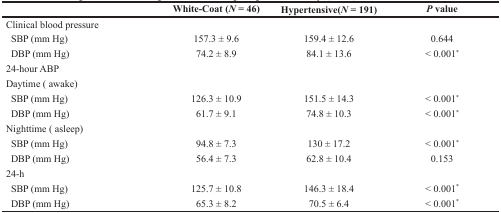
<table><thead><tr><td></td><td><b>White-Coat (<i>N</i> = 46)</b></td><td><b>Hypertensive(<i>N</i>= 191)</b></td><td><b><i>P</i> value</b></td></tr></thead><tbody><tr><td>Clinical blood pressure</td><td></td><td></td><td></td></tr><tr><td> SBP (mm Hg)</td><td>157.3 ± 9.6</td><td>159.4 ± 12.6</td><td>0.644</td></tr><tr><td> DBP (mm Hg)</td><td>74.2 ± 8.9</td><td>84.1 ± 13.6</td><td>&lt; 0.001<sup>*</sup></td></tr><tr><td>24-hour ABP</td><td></td><td></td><td></td></tr><tr><td>Daytime ( awake)</td><td></td><td></td><td></td></tr><tr><td> SBP (mm Hg)</td><td>126.3 ± 10.9</td><td>151.5 ± 14.3</td><td>&lt; 0.001<sup>*</sup></td></tr><tr><td> DBP (mm Hg)</td><td>61.7 ± 9.1</td><td>74.8 ± 10.3</td><td>&lt; 0.001<sup>*</sup></td></tr><tr><td>Nighttime ( asleep)</td><td></td><td></td><td></td></tr><tr><td> SBP (mm Hg)</td><td>94.8 ± 7.3</td><td>130 ± 17.2</td><td>&lt; 0.001<sup>*</sup></td></tr><tr><td> DBP (mm Hg)</td><td>56.4 ± 7.3</td><td>62.8 ± 10.4</td><td>0.153</td></tr><tr><td>24-h</td><td></td><td></td><td></td></tr><tr><td> SBP (mm Hg)</td><td>125.7 ± 10.8</td><td>146.3 ± 18.4</td><td>&lt; 0.001<sup>*</sup></td></tr><tr><td> DBP (mm Hg)</td><td>65.3 ± 8.2</td><td>70.5 ± 6.4</td><td>&lt; 0.001<sup>*</sup></td></tr></tbody></table>